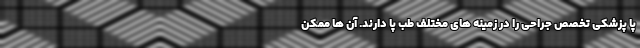
پا پزشکی تخصص جراحی را در زمینه های مختلف طب پا دارند. آن ها ممکن